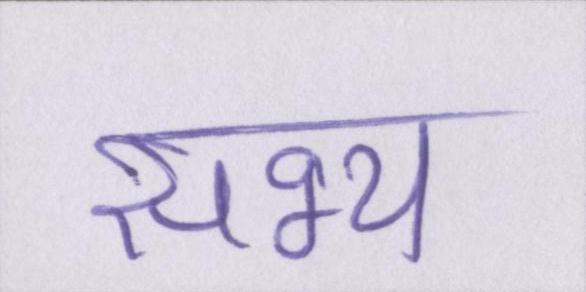
सभ्य